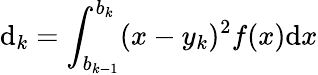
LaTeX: \mathrm{d}_{k}=\int_{b_{k-1}}^{b_{k}}(x-y_{k})^{2}f(x)\mathrm{d}x